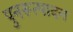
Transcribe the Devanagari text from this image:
पुनरूत्पादन